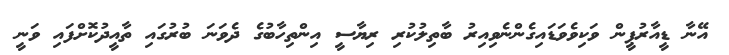
އޭނާ ޑީއާރުޕީން ވަކިވެވަޑައިގެންނެވިއިރު ބާތިލުކުރި ރިޔާސީ އިންތިހާބުގެ ދެވަނަ ބުރުގައި ތާއީދުކޮށްފައި ވަނީ